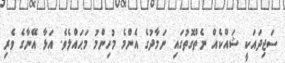
ސަޖިދައަކީ ޝައްކެއް ނެތްގޮތުގައި ނަމާދުގެ އެންމެ މުހިންމު މަޙައްލެވެ. އަޅާ އޭނާގެ ވެރި